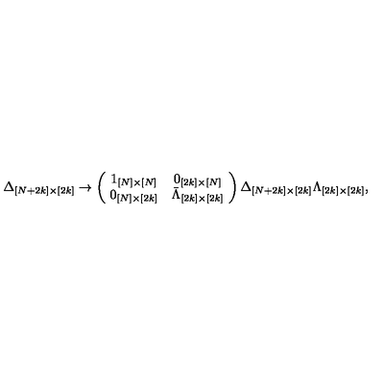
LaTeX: \Delta _ { [ N + 2 k ] \times [ 2 k ] } \rightarrow \left( \! \begin{array} { c c } { 1 _ { [ N ] \times [ N ] } } & { 0 _ { [ 2 k ] \times [ N ] } } \\ { 0 _ { [ N ] \times [ 2 k ] } } & { \bar { \Lambda } _ { [ 2 k ] \times [ 2 k ] } } \\ \end{array} \! \right) \Delta _ { [ N + 2 k ] \times [ 2 k ] } \Lambda _ { [ 2 k ] \times [ 2 k ] } ,